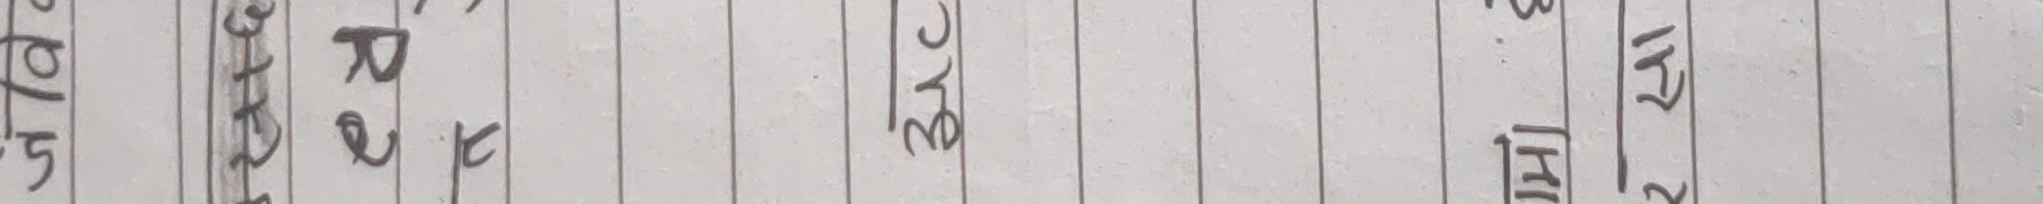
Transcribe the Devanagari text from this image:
ओभर २६१